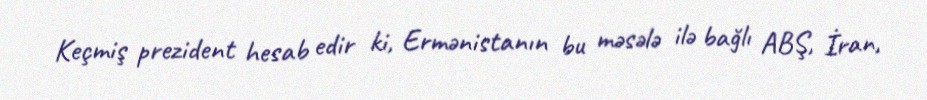
Keçmiş prezident hesab edir ki, Ermənistanın bu məsələ ilə bağlı ABŞ, İran,